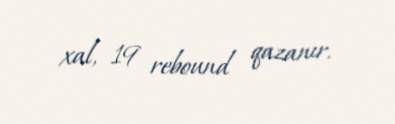
xal, 19 rebound qazanır.